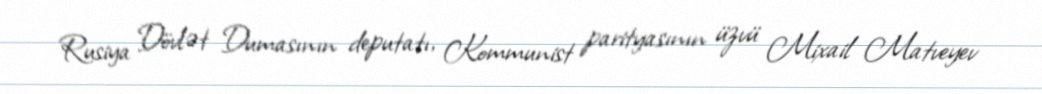
Rusiya Dövlət Dumasının deputatı, Kommunist parityasının üzvü Mixail Matveyev